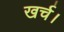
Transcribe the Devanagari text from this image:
खर्च।